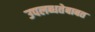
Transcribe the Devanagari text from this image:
उपलब्धतेबाबत